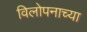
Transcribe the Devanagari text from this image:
विलोपनाच्या